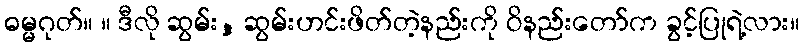
ဓမ္မဂုတ်။ ။ ဒီလို ဆွမ်း, ဆွမ်းဟင်းဖိတ်တဲ့နည်းကို ဝိနည်းတော်က ခွင့်ပြုရဲ့လား။